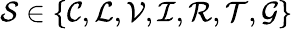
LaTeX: \mathcal{S}\in\left\{ \mathcal{C},\mathcal{L},\mathcal{V},\mathcal{I},\mathcal{R},\mathcal{T},\mathcal{G}\right\}